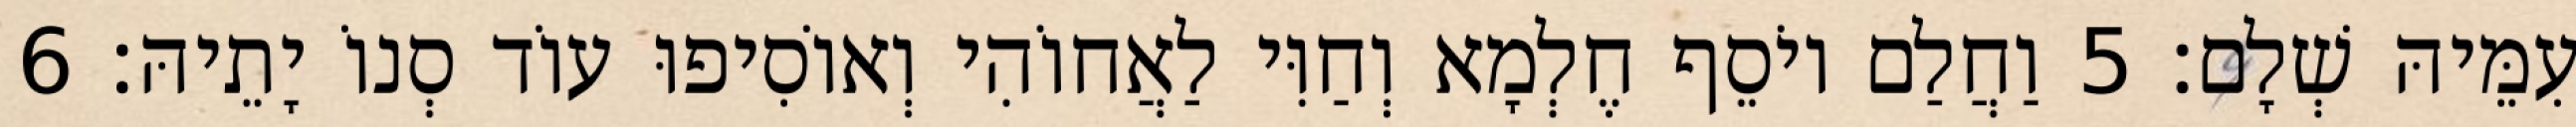
עִמֵּיהּ שְׁלָם׃ 5 וַחֲלַם יוֹסֵף חֶלְמָא וְחַוִּי לַאֲחוֹהִי וְאוֹסִיפוּ עוֹד סְנוֹ יָתֵיהּ׃ 6